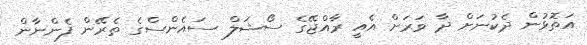
އަތޮޅުން ދެކުނަށް ދާ ވަރަށް އެއީ ރާއްޖޭގެ ސޯޝަލް ސައެންސްގެ ތެރޭން ފެންނާން